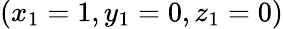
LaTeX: (x_{1}=1,y_{1}=0,z_{1}=0)